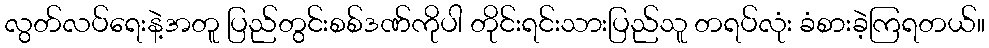
လွတ်လပ်ရေးနဲ့အတူ ပြည်တွင်းစစ်ဒဏ်ကိုပါ တိုင်းရင်းသားပြည်သူ တရပ်လုံး ခံစားခဲ့ကြရတယ်။